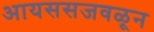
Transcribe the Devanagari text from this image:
आयससजवळून